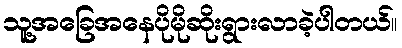
သူ့အခြေအနေပိုမိုဆိုးရွားလာခဲ့ပါတယ်။